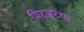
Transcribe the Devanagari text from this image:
मिरजच्या